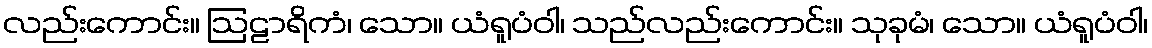
လည်းကောင်း။ ဩဠာရိကံ၊ သော။ ယံရူပံဝါ၊ သည်လည်းကောင်း။ သုခုမံ၊ သော။ ယံရူပံဝါ၊